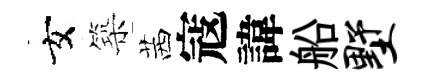
女築茜寇諱船墅